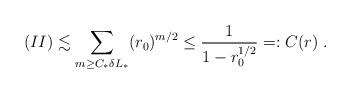
LaTeX: \begin{align*} (II)\lesssim \sum_{m\geq C_*\delta L_*} (r_0)^{m/2}\leq\frac 1{1-r_0^{1/2}}=:C(r)\ .\end{align*}